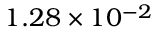
1 . 2 8 \times 1 0 ^ { - 2 }